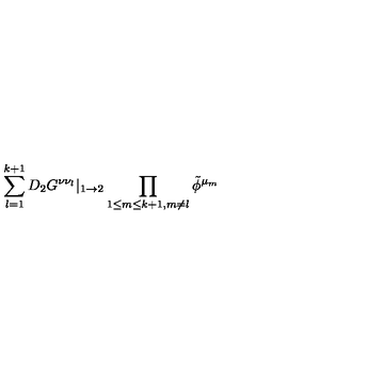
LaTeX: \sum _ { l = 1 } ^ { k + 1 } D _ { 2 } G ^ { \nu \nu _ { l } } | _ { 1 \rightarrow 2 } \prod _ { 1 \leq m \leq k + 1 , m \not { = } l } \tilde { \phi } ^ { \mu _ { m } }